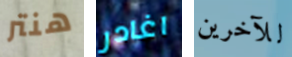
هنتر اغادر للآخرين